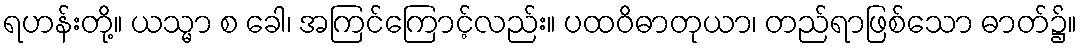
ရဟန်းတို့။ ယသ္မာ စ ခေါ၊ အကြင်ကြောင့်လည်း။ ပထဝိဓာတုယာ၊ တည်ရာဖြစ်သော ဓာတ်၌။